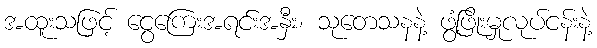
အထူးသဖြင့် ငွေကြေးအရင်းအနှီး၊ သုတေသနနဲ့ ဖွံ့ဖြိုးမှုလုပ်ငန်းနဲ့